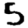
Digit: 5